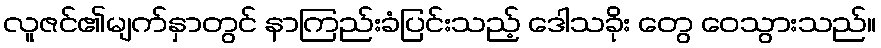
လူဇင်၏မျက်နှာတွင် နာကြည်းခံပြင်းသည့် ဒေါသခိုး တွေ ဝေသွားသည်။